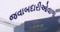
જવાબદારીઓવાળા